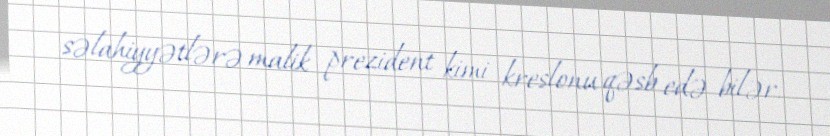
səlahiyyətlərə malik prezident kimi kreslonu qəsb edə bilər.